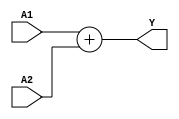
`timescale 1ns / 1ps
//////////////////////////////////////////////////////////////////////////////////
// Company: 
// Engineer: 
// 
// Design Name: 
// Module Name: Add
// Project Name: 
// Target Devices: 
// Tool Versions: 
// Description: 
// 
// Dependencies: 
// 
// Revision:
// Revision 0.01 - File Created
// Additional Comments:
// 
//////////////////////////////////////////////////////////////////////////////////


module add #(parameter Width = 32) 
(input [Width-1:0] A1, A2,
output [Width-1:0] Y);
assign Y = A1 + A2;
endmodule